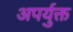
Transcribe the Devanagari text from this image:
अपर्युक्त